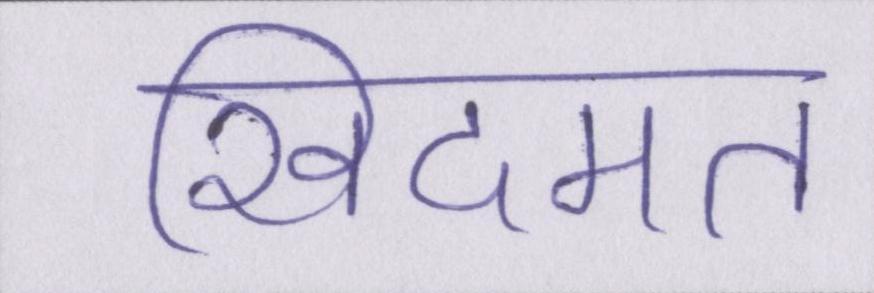
खिदमत